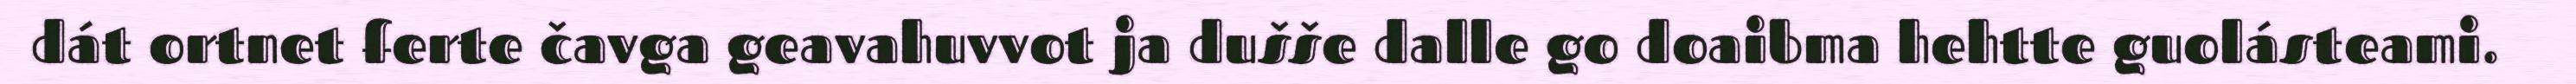
dát ortnet ferte čavga geavahuvvot ja dušše dalle go doaibma hehtte guolásteami.